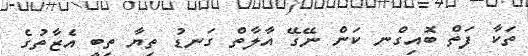
ތަކާ ފަތް ބޮއިގެްނ ކަން ނޭގޭ އާލާތް ގަނޑު ތިޔާ ތިބީ އެެޒާތުގެ